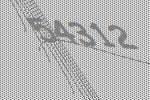
54312